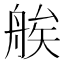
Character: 𦩈